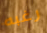
رغبه